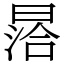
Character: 㬁